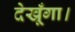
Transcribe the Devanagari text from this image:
देखूँगा।